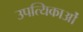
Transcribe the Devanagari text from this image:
उपत्यिकाओं